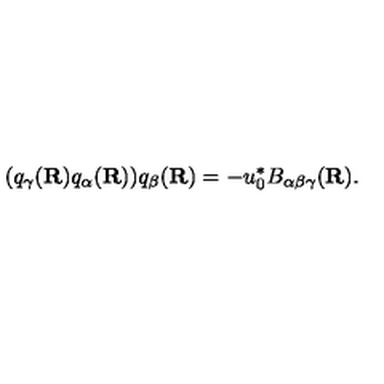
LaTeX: ( q _ { \gamma } ( { \bf R } ) q _ { \alpha } ( { \bf R } ) ) q _ { \beta } ( { \bf R } ) = - u _ { 0 } ^ { * } B _ { \alpha \beta \gamma } ( { \bf R } ) .